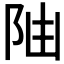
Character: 𨸸